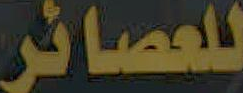
للعصائر